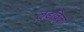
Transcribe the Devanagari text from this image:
लूडविक